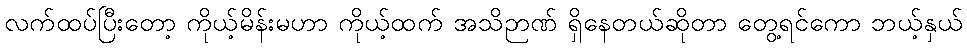
လက်ထပ်ပြီးတော့ ကိုယ့်မိန်းမဟာ ကိုယ့်ထက် အသိဉာဏ် ရှိနေတယ်ဆိုတာ တွေ့ရင်ကော ဘယ့်နှယ်